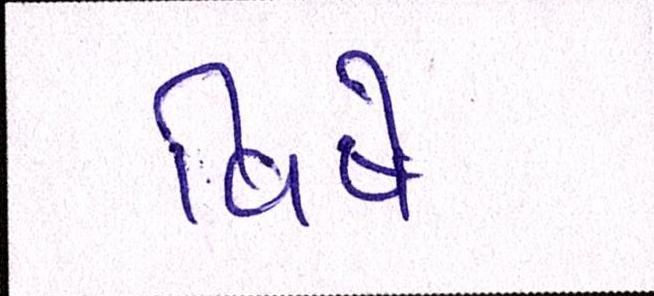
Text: વિષે